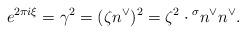
LaTeX: \begin{align*}e^{2 \pi i \xi} = \gamma^2 = (\zeta n^\vee)^2 = \zeta^2 \cdot {}^\sigma n^\vee n^\vee.\end{align*}